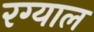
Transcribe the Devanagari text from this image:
रग्याल